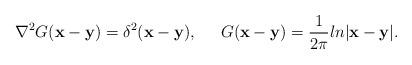
LaTeX: \begin{align*}\nabla^2G({\bf x} -{\bf y})=\delta^{2}({\bf x} - {\bf y}),\;\;\;\;\;G({\bf x} - {\bf y})=\frac{1}{2\pi}ln|{\bf x} - {\bf y}|.\end{align*}